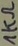
Text: 1KΩ